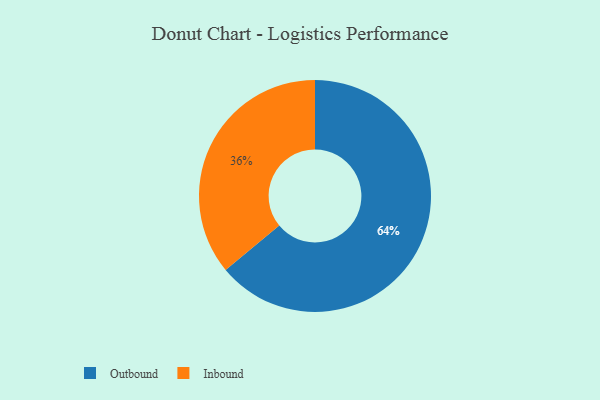
{"axis": {"x": "Category", "y": "Percentage"}, "legend": ["Inbound", "Outbound"], "data": [{"x": "Inbound", "y": 36, "type": "Inbound"}, {"x": "Outbound", "y": 64, "type": "Outbound"}]}